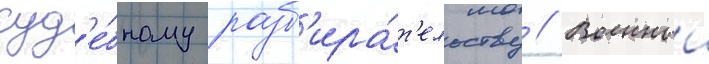
суд'е́бному разб'ира́т'ельству // Военныи